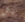
نيكل